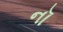
નૉ